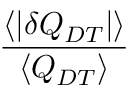
\frac { \langle | \delta Q _ { D T } | \rangle } { \langle Q _ { D T } \rangle }